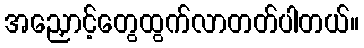
အညှောင့်တွေထွက်လာတတ်ပါတယ်။